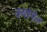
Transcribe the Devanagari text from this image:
क्योपेन